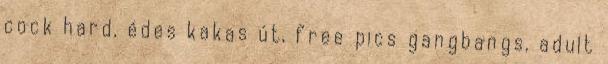
cock hard, édes kakas út, free pics gangbangs, adult